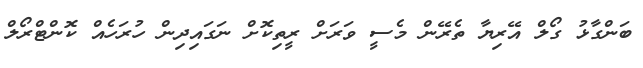
ބަންގާޅު ގޯލް އޭރިޔާ ތެރޭން މެސީ ވަރަށް ރީތިކޮށް ނަގައިދިން ހުރަހެއް ކޮންޓްރޯލް